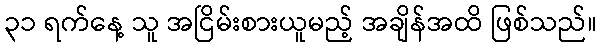
၃၁ ရက်နေ့ သူ အငြိမ်းစားယူမည့် အချိန်အထိ ဖြစ်သည်။